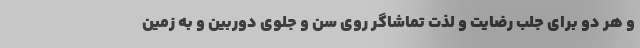
و هر دو برای جلب رضایت و لذت تماشاگر روی سن و جلوی دوربین و به زمین